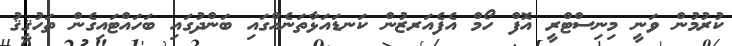
ކުރުމުން ވަނީ މިނިސްޓްރީ އޮފް ހޯމް އެފެއަރޒުން ކަނޑައަޅާތަނެއްގައި ބަންދުގައި ބަހައްޓައިގެން ތަހުޤީޤު